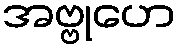
အဗ္ဗုဟေ